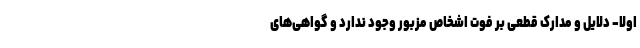
اولا‌- دلایل و مدارک قطعی بر فوت اشخاص مزبور وجود ندارد و گواهی‌های